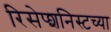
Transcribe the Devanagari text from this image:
रिसेप्शनिस्टच्या